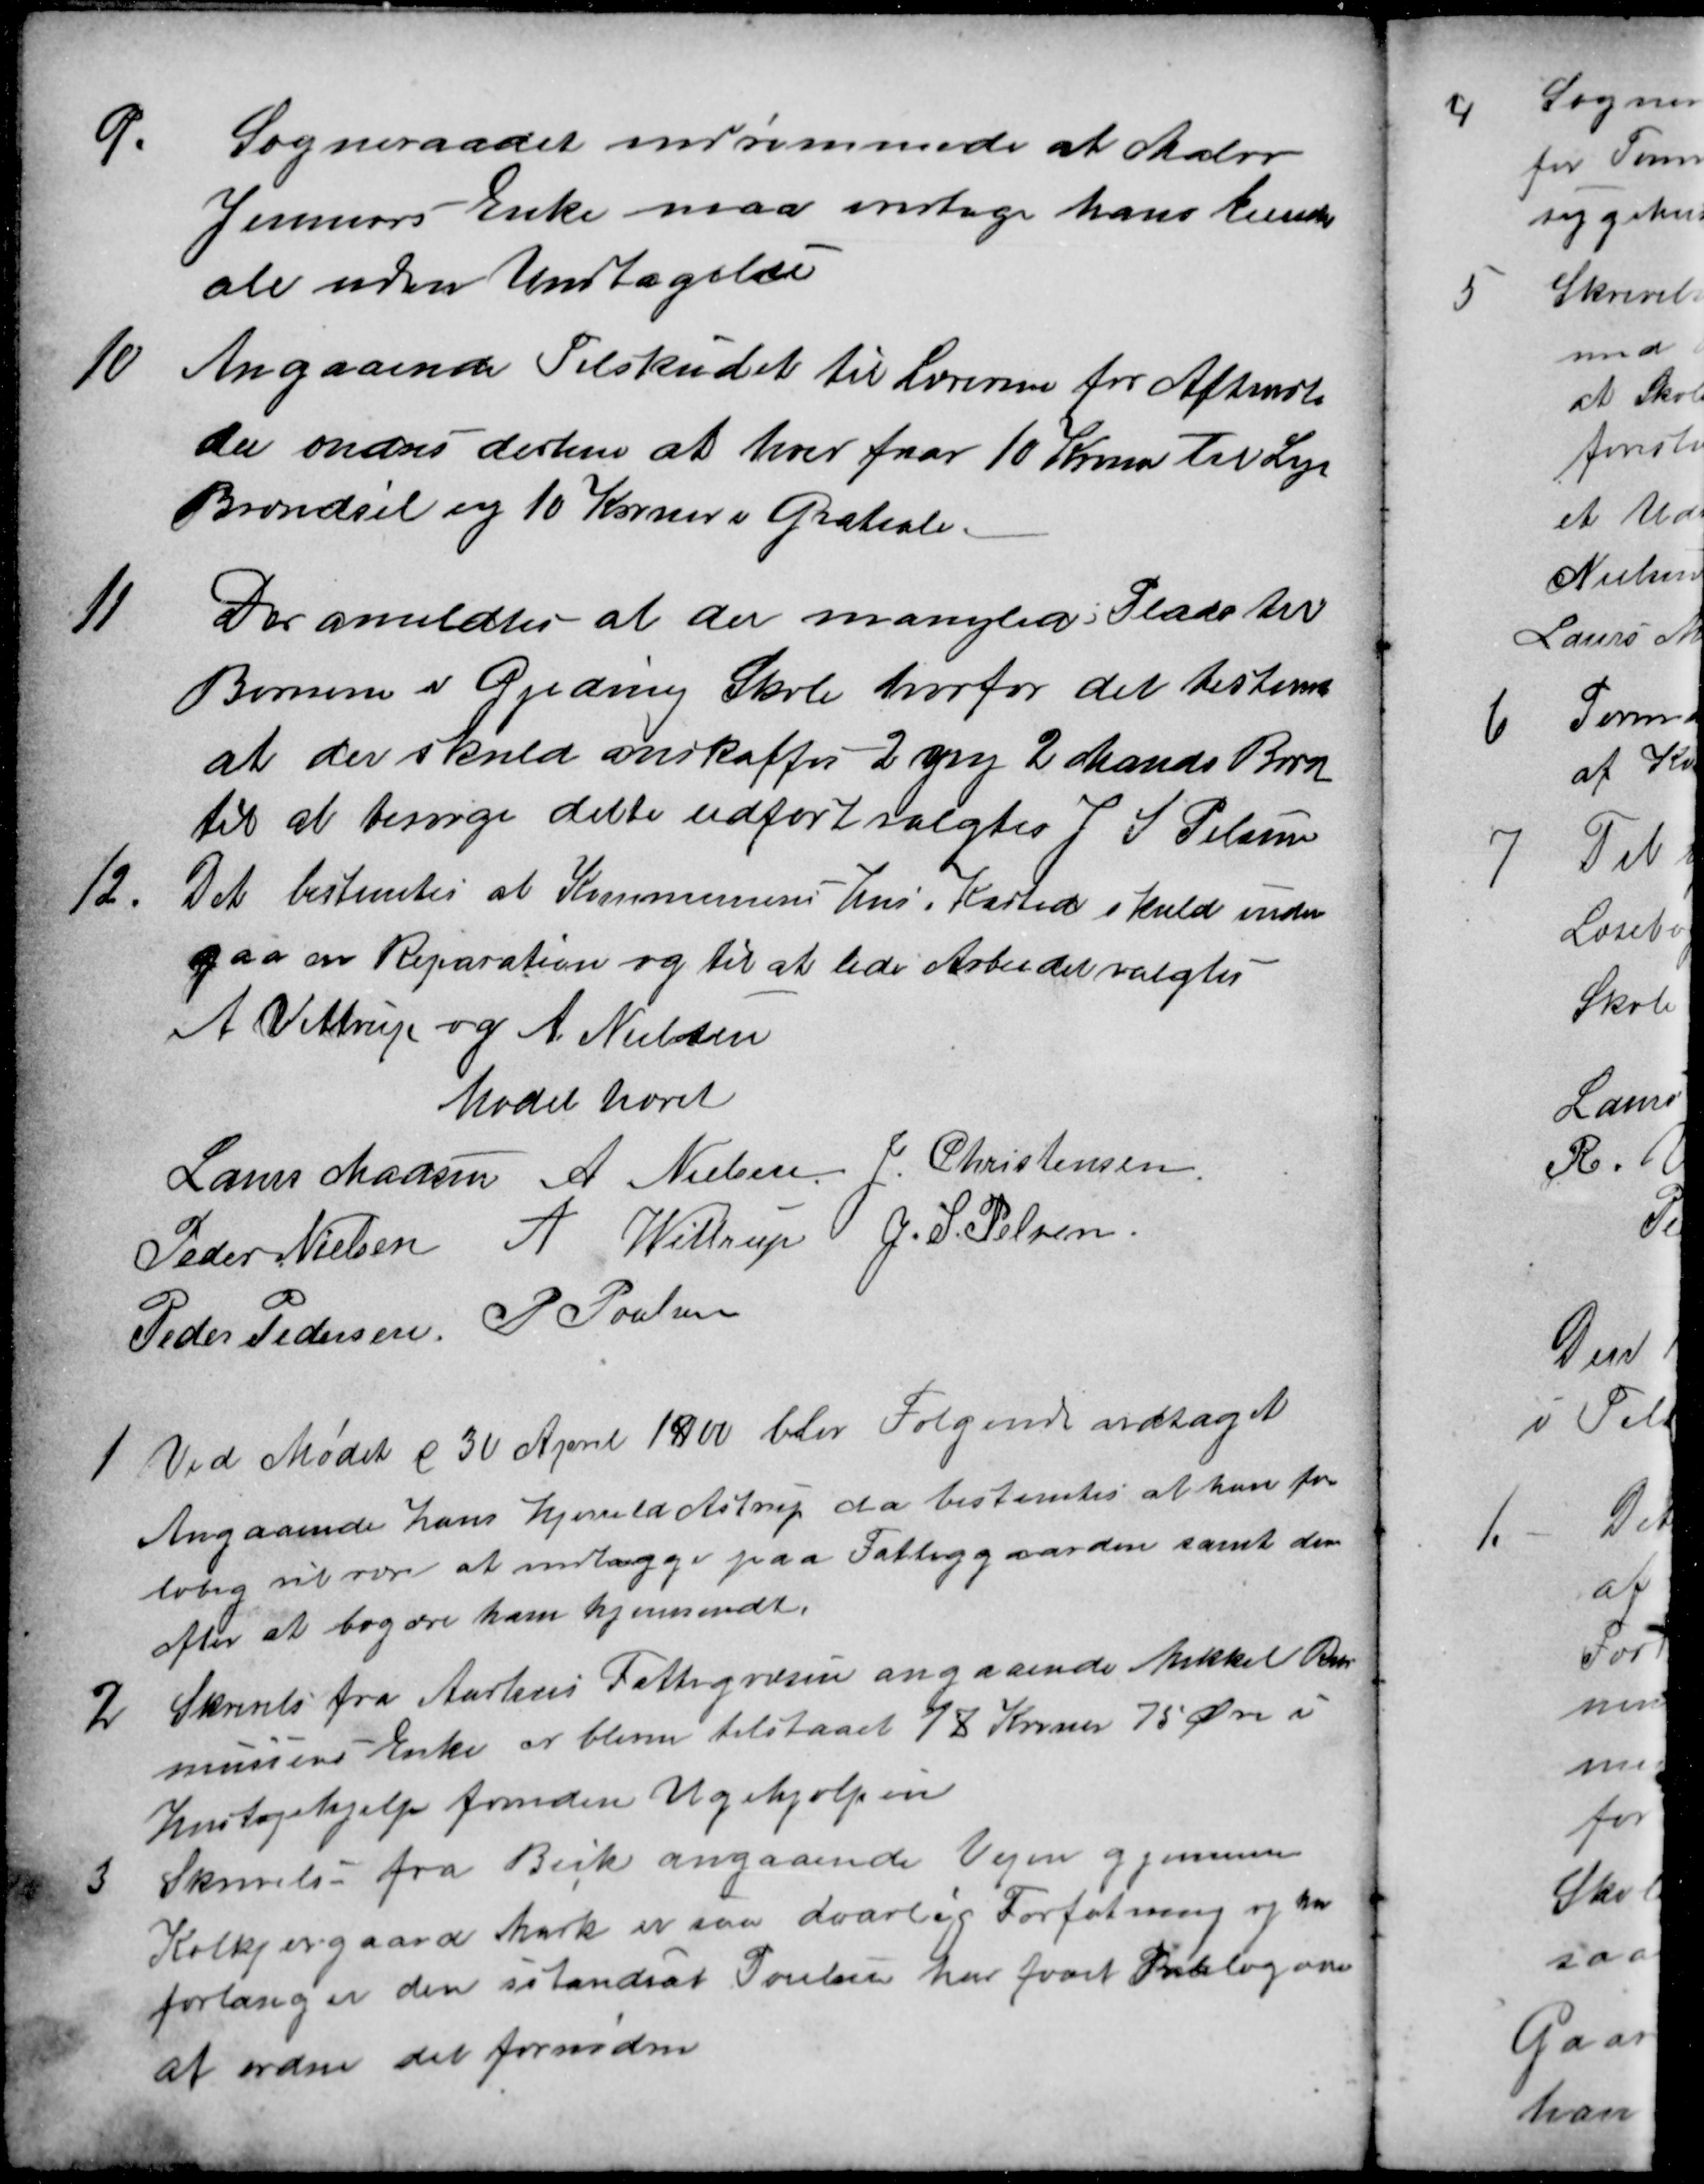
Transskription:
9.
Sogneraadet indrømmede at Maler
Jenners Enke maa overtage hans Matri-
ale uden Undtagelse
10
Angaaende Tilskudet til Lærerne for Aftensko
len ændres derhen at hver faar 10 Kroner til Lys
Brændsel og 10 Kroner i Gratiale.
11
Der anmeldtes at der manglede Plads til
Børnene i Gjeding Skole hvorfor det bestemt
at der skuld anskaffes 2 ny 2 Mands Borde
til at besørge dette udført valgtes J. S. Pelsen
12.
Det bestemtes at Kommunens Hus i Kasted skuld under
gaa en Reparation og til at lede Arbejdet valgtes
A. Vittrup og A. Nielsen
Mødet hævet
Laurs Madsen
A Nielsen
J. Christensen
Peder Nielsen
A. Wittrup
J. S. Pelsen
Peder Pedersen
P. Poulsen
1
Ved Mødet d 30 April 1900 blev Følgende vedtaget
Angaaende Hans Hjerrild Astrup da bestemtes at han fore
løbig vil være at indlægge paa Fattiggaarden samt der
efter at begære ham hjemsendt.
2
Skrivels fra Aarhus Fattigvæsen angaaende Mikkel Ras
mussens Enke er blev tilstaaet 18 Kroner 75 Øre i
Huslejehjælp foruden Ugehjælpen
3
Skrivelse fra Beck angaaende Vejen gjennem
Kolkjærgaard Mark er saa daarlig Forfatning og han
forlanger den istandsat Poulsen har faaet Paalæg om
af ordne det fornødne